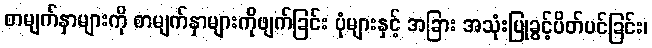
စာမျက်နှာများကို စာမျက်နှာများကိုဖျက်ခြင်း ပုံများနှင့် အခြား အသုံးပြုခွင့်ပိတ်ပင်ခြင်း၊